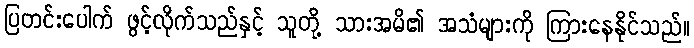
ပြတင်းပေါက် ဖွင့်လိုက်သည်နှင့် သူတို့ သားအမိ၏ အသံများကို ကြားနေနိုင်သည်။